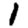
Digit: 1